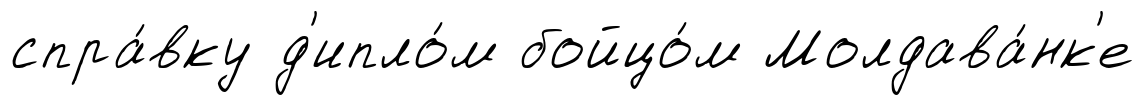
спра́вку д'ипло́м бойцо́м Молдава́нк'е